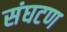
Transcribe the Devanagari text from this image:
संघटण